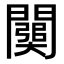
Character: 𨶥